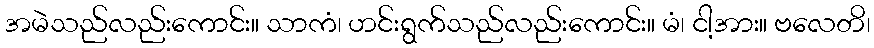
အမဲသည်လည်းကောင်း။ သာကံ၊ ဟင်းရွက်သည်လည်းကောင်း။ မံ၊ ငါ့အား။ ဗလေတိ၊